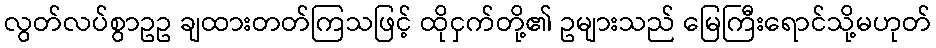
လွတ်လပ်စွာဥဥ ချထားတတ်ကြသဖြင့် ထိုငှက်တို့၏ ဥများသည် မြေကြီးရောင်သို့မဟုတ်